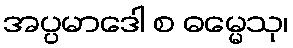
အပ္ပမာဒေါ စ ဓမ္မေသု၊